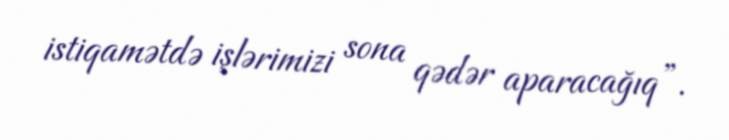
istiqamətdə işlərimizi sona qədər aparacağıq”.